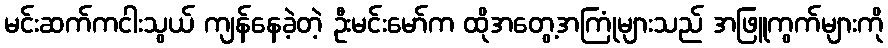
မင်းဆက်ကငါးသွယ် ကျန်နေခဲ့တဲ့ ဦးမင်းမော်က ထိုအတွေ့အကြုံများသည် အဖြူကွက်များကို